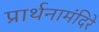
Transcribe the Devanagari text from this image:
प्रार्थनामंदिरे